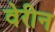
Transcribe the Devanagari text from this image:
वेरीन